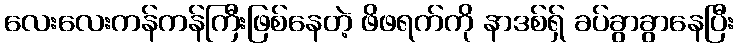
လေးလေးကန်ကန်ကြီးဖြစ်နေတဲ့ ဖိဖရက်ကို နာဒစ်ရှ် ခပ်ခွာခွာနေပြီး